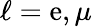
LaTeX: \ell=\mathrm{e},\mu